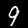
Label: 9